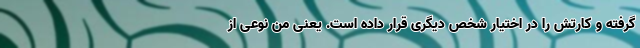
گرفته و کارتش را در اختیار شخص دیگری قرار داده است. یعنی من نوعی از